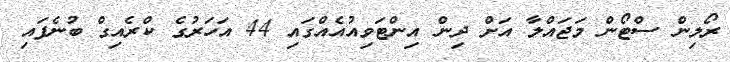
ރޯލިން ސްޓޯން މަޖައްލާ އަށް ދިން އިންޓަވިއުއެއްގައި 44 އަހަރުގެ ކްރެއިގް ބުނެފައި